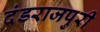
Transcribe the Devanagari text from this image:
दंडराजपुरी